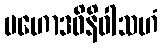
မဟောဒဓိနိဝါသဟံ